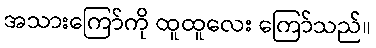
အသားကြော်ကို ထူထူလေး ကြော်သည်။